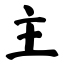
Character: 主